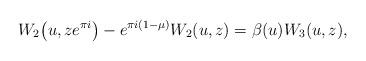
LaTeX: \begin{align*} W_2\big(u,ze^{\pi i}\big)-e^{\pi i(1-\mu)}W_2(u,z)= \beta(u) W_3(u,z) ,\end{align*}